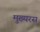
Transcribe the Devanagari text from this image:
मुख्यरस